Vaccination in the Punjab 1897-1904 - 1897-1904
Year: 1897
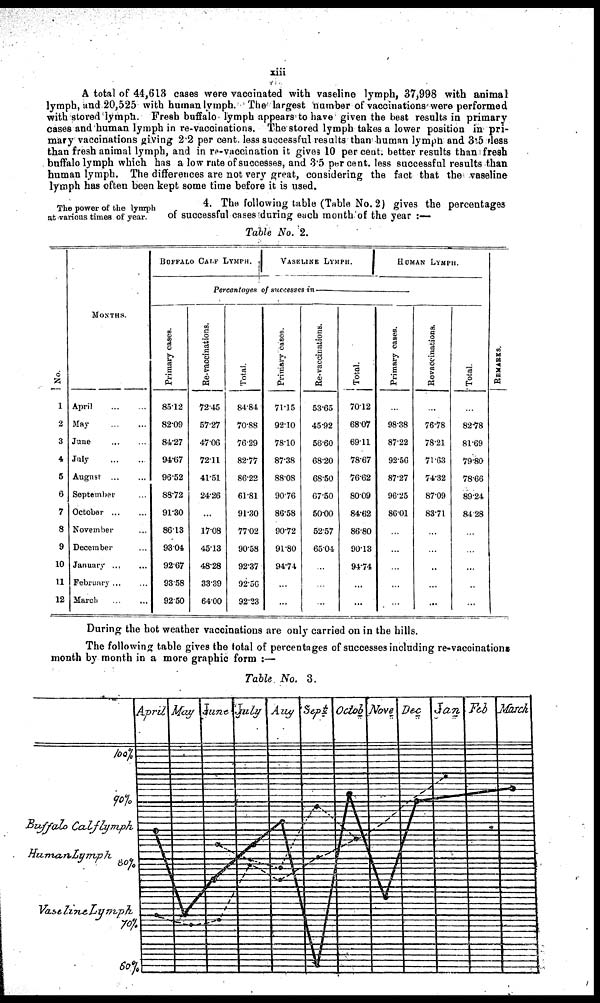
xiii
A total of 44,613 cases were vaccinated with vaseline lymph, 37,998 with animal
lymph, and 20,525 with human lymph. The largest number of vaccinations were performed
with stored lymph Fresh buffalo lymph appears to have given the best results in primary
cases and human lymph in re-vaccinations. The stored lymph takes a lower position in pri-
mary vaccinations giving 2.2 per cent. less successful results than human lymph and 3.5 less
than fresh animal lymph, and in re-vaccination it gives 10 per cent. better results than fresh
buffalo lymph which has a low rate of successes, and 3.5 percent. less successful results than
human lymph. The differences are not very great, considering the fact that the vaseline
lymph has often been kept some time before it is used.
The power of the lymph
at various times of year.
4. The following table (Table No. 2) gives the percentages
of successful cases during each month of the year :—
Table No. 2.
No.
1
2
3
4
5
6
7
8
9
10
11
12
MONTHS.
April ... ...
May
...
...
June ... ...
July
...
...
August ... ...
September ...
October
...
...
November ...
December ...
January ... ...
February ... ...
March ... ...
BUFFALO CALF LYMPH.
VASELINE LYMPH.
HUMAN LYMPH.
Percentages of successes
in————————
Primary cases.
85.12
82.09
84.27
94.67
96.52
88.72
91.30
86.13
93.04
92.67
93.58
92.50
Re-vaccinations.
72.45
57.27
47.06
72.11
41.51
24.26
...
17.08
45.13
48.28
33.39
64.00
Total.
84.84
70.88
76.29
82.77
86.22
61.81
91.30
77.02
90.58
92.37
92.56
92.23
Primary cases.
71.15
92.10
78.10
87.38
88.08
90.76
86.58
90.72
91.80
94.74
...
...
Re-vaccinations.
53.65
45.92
56.60
68.20
68.50
67.50
50.00
52.57
65.04
...
...
...
Total.
70.12
68.07
69.11
78.67
76.62
80.09
84.62
86.80
90.13
94.74
...
...
Primary cases.
...
98.38
87.22
92.56
87.27
96.25
86.01
...
...
...
...
...
Revaccinations.
...
76.78
78.21
71.63
74.32
87.09
83.71
...
...
...
..
...
Total.
...
82.78
81.69
79.80
78.66
89.24
84.28
...
...
...
...
...
REMARKS.
During the hot weather vaccinations are only carried on in the hills.
The following table gives the total of percentages of successes including re-vacoinations
month by month in a more graphic form :—
Table No. 3.
\img\